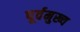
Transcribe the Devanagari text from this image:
पूर्वमुख्य